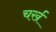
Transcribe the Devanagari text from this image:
चर्ख